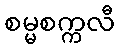
စမ္မစက္ကလီ